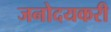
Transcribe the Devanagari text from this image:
जनोदयकरी